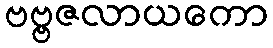
ဗဗ္ဗဇလာယကော